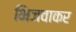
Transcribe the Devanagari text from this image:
भिजवाकर